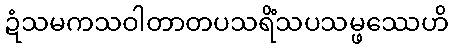
ဍံသမကသဝါတာတပသရိံသပသမ္ဖဿေဟိ